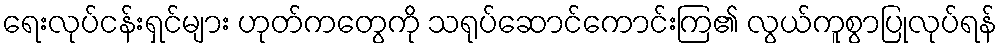
ရေးလုပ်ငန်းရှင်များ ဟုတ်ကတွေကို သရုပ်ဆောင်ကောင်းကြ၏ လွယ်ကူစွာပြုလုပ်ရန်